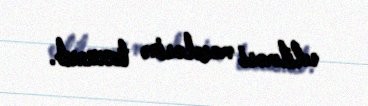
edilməsi məsələsinə toxunub.